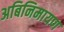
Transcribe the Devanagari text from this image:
अबिनिमायण